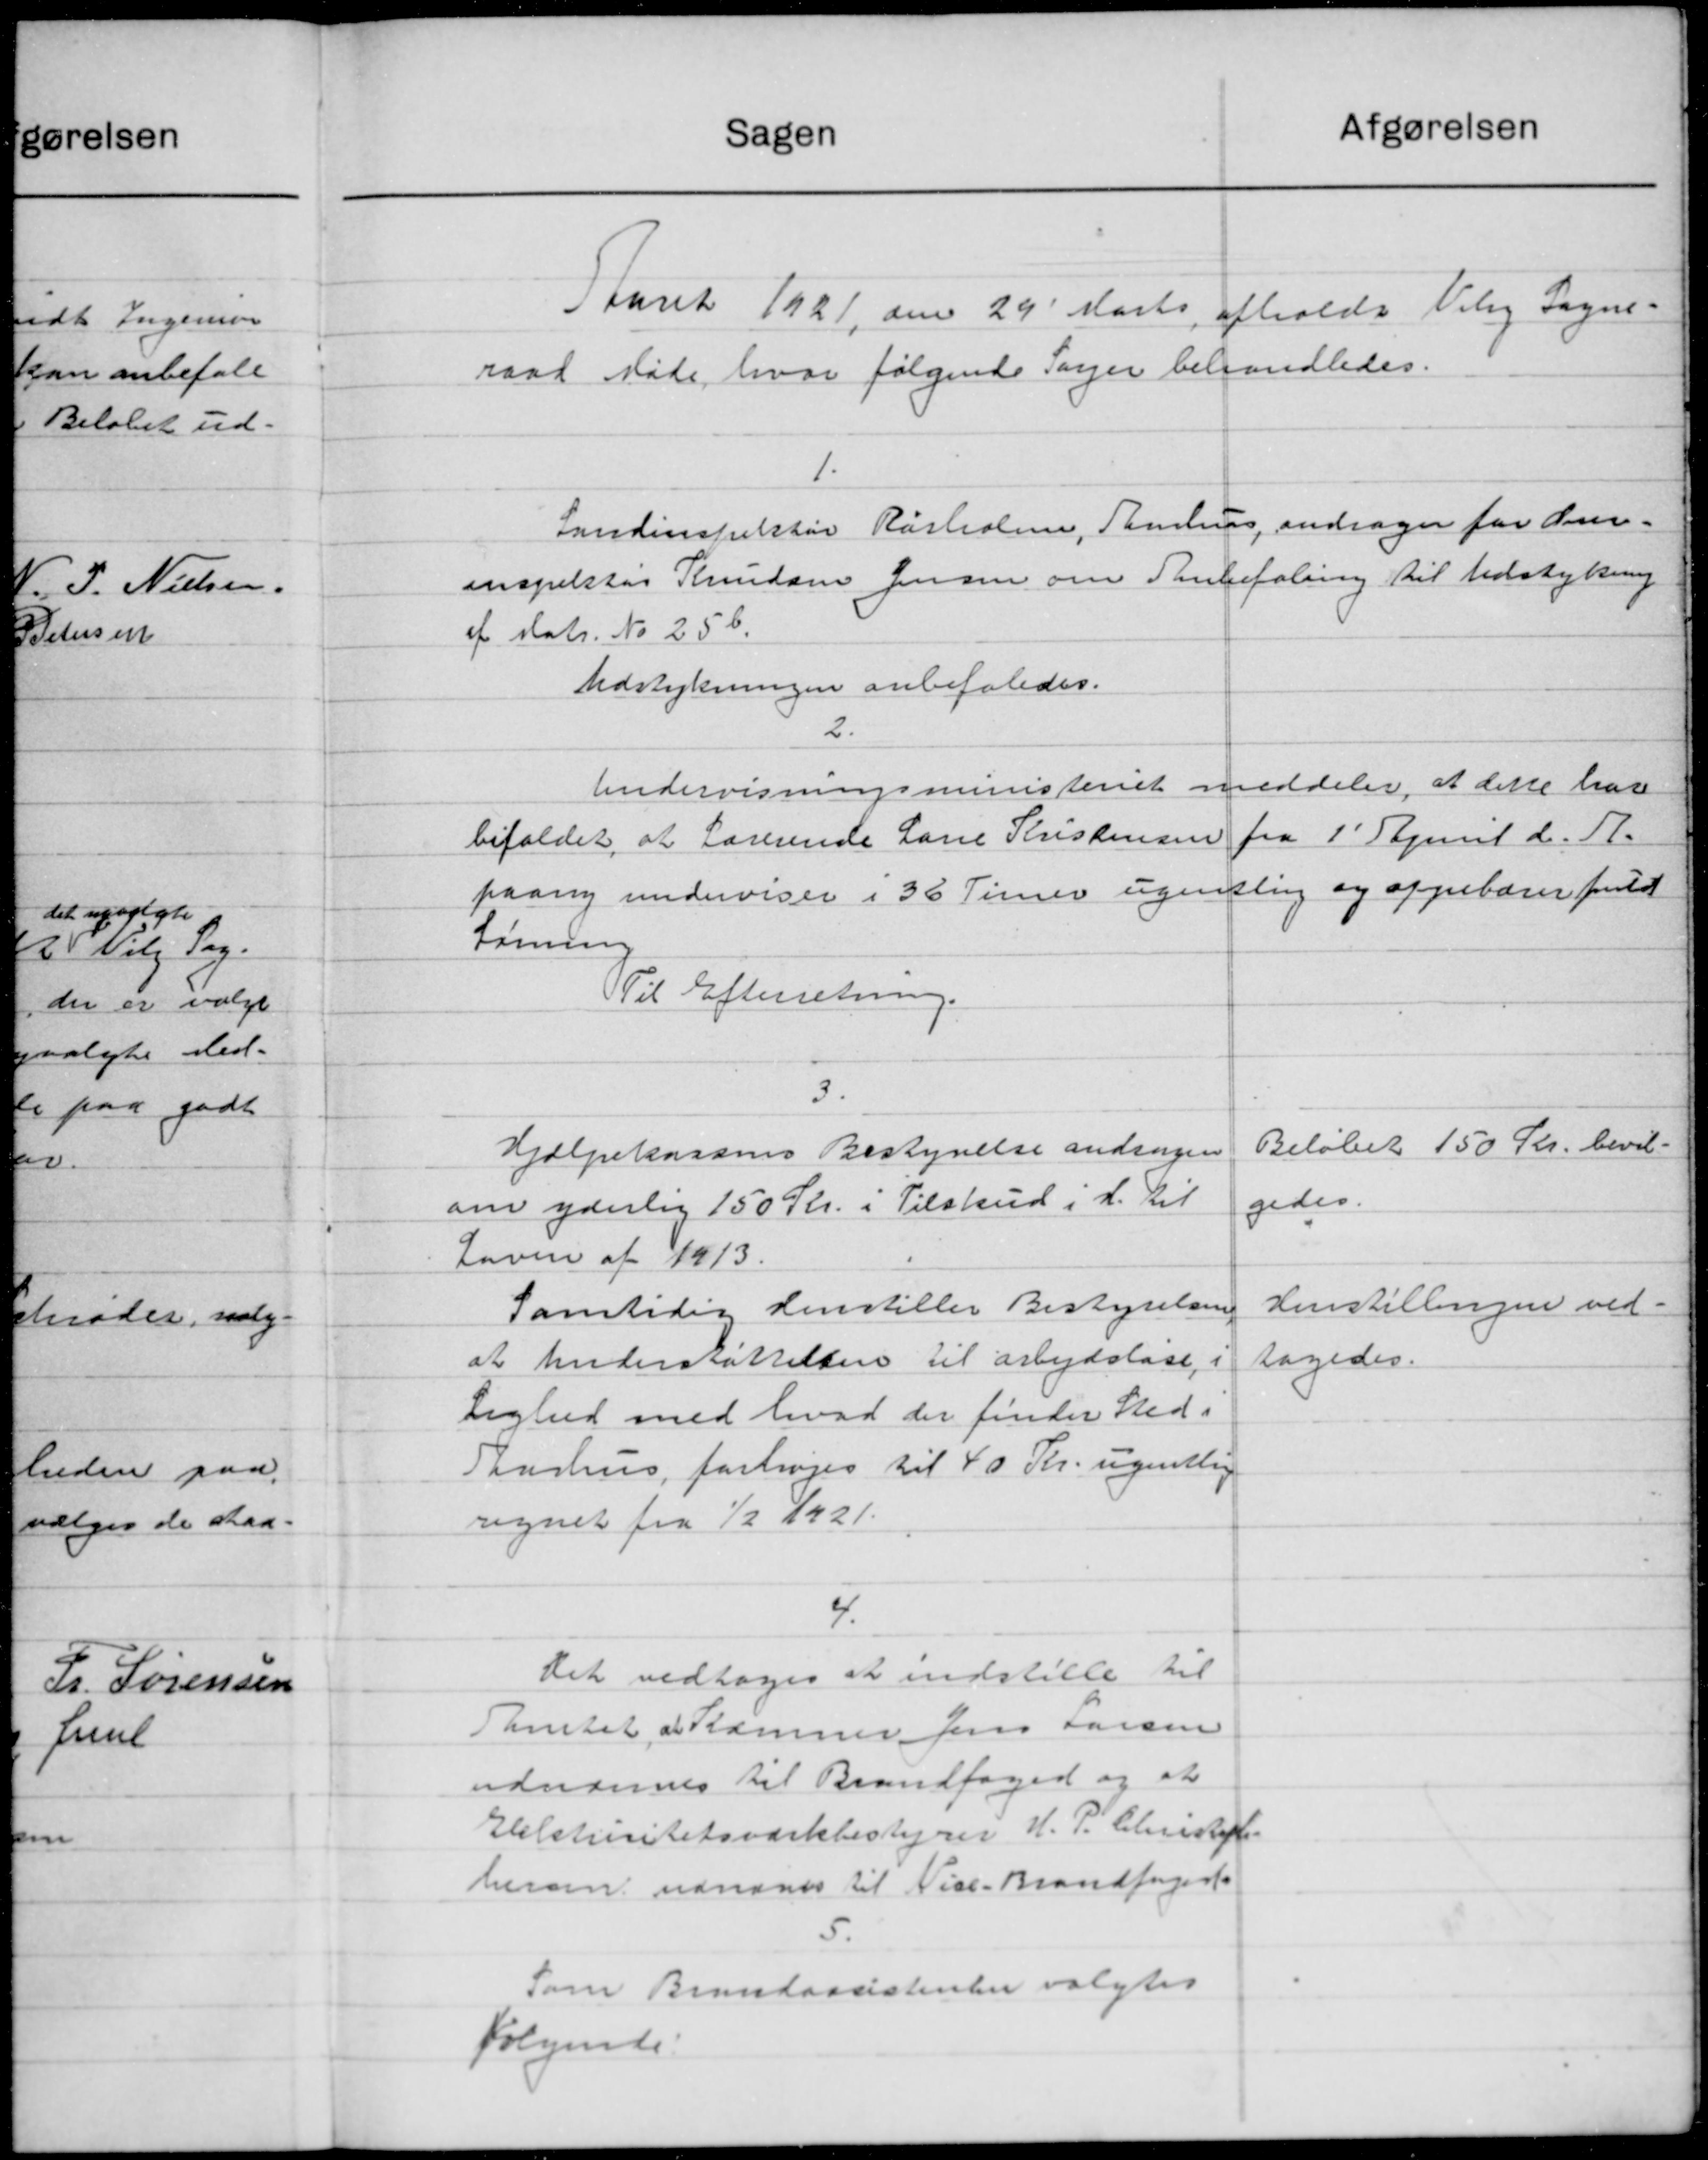
Transskription:
afgørelsen
Sagen
Aaaret 1921 den 29' Marts afholde Viby Sogne-
raad Møde, hvor følgende Sager behandledes.
Landinspektør Rasholme, Aarhus andrager for Som-
inspekter Knudsen Jensen om Sanbefaling til Udstykning
af Matr. No 25b.
Udstykningen anbefaledes.
2.
Undervisningsministeriet meddeler at dette har
bifaldet, at Lærerende Larie Kristensen fra 1' Pjemb d. A.
paany undervises i 36 Timer ugentlig og oppebærer fritat
Lønning
Til Efterretning.
3.
Beløbet 150 Kr. bevil-
Hjælpekassens Bestyrelse andrager
gedes.
om yderlig 150 Kr. i Tilskud i d. til
Loven af 1913.
Henstillingen ved-
Samtidig den stiller Bestyrelsen
at Understøttelsen til arbejdsløse i
sagedes.
Liglud med hvad der finder Sted i
Aarhus, forhøjes til 40 Kr. ugentlig
regnet fra 1/2 1921.
4.
Det vedtoges at indstille til
Aamtet i Rammer Jens Larsen
udvidernes til Brandfoged og at
Elektricitetsværkbestyrer H. P. Christoffe
herom udnævn til Vice-Brandfoged
5.
Som Brandassistenter valgtes
følgende